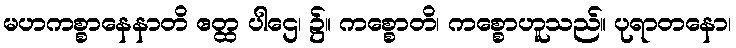
မဟကစ္စာနေနာတိ ဧတ္ထ ပါဌေ၊ ၌။ ကစ္စောတိ၊ ကစ္စောဟူသည်။ ပုရာတနော၊